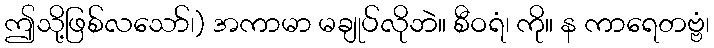
ဤသို့ဖြစ်လသော်၊) အကာမာ မချုပ်လိုဘဲ။ စီဝရံ၊ ကို။ န ကာရေတဗ္ဗံ၊